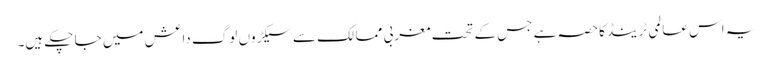
یہ اس عالمی ٹرینڈکاحصہ ہے جس کے تحت مغربی ممالک سے سیکڑوں لوگ داعش میں جا چکے ہیں۔